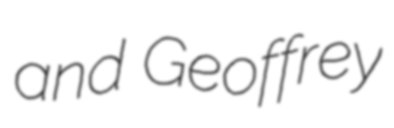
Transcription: and Geoffrey